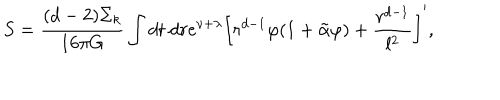
S = \frac { ( d - 2 ) \Sigma _ { k } } { 1 6 \pi G } \int d t \ d r e ^ { \nu + \lambda } \left[ r ^ { d - 1 } \varphi ( 1 + \tilde { \alpha } \varphi ) + \frac { r ^ { d - 1 } } { l ^ { 2 } } \right] ^ { \prime } ,